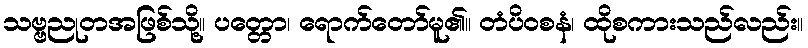
သဗ္ဗညုတအဖြစ်သို့။ ပတ္တော၊ ရောက်တော်မူ၏။ တံပိဝစနံ၊ ထိုစကားသည်လည်း။